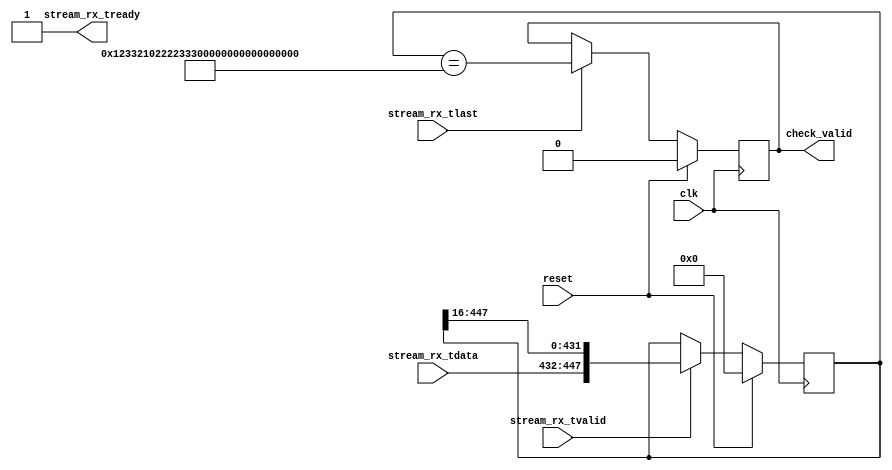
`timescale 1 ns / 1 ns

module frame_check #(
    parameter [127:0] PATTERN = 128'h0123_3210_2222_3333_4444_5555_beaf_dead,
    parameter DW=16,
    parameter FRAME_LEN = 28
) (
    input clk,
    input reset,
    input [DW-1:0] stream_rx_tdata,
    input stream_rx_tvalid,
    input stream_rx_tlast,
    output stream_rx_tready,
    output reg check_valid
);

initial check_valid = 0;
reg [FRAME_LEN*DW-1:0] shift_reg=0;
wire [DW-1:0] data_rx = stream_rx_tvalid ? stream_rx_tdata: {DW{1'bx}};

always @(posedge clk) begin
    if (reset) begin
        shift_reg <= 0;
        check_valid <= 0;
    end else begin
        if (stream_rx_tvalid) shift_reg <= {data_rx, shift_reg[FRAME_LEN*DW-1:DW]};
        if (stream_rx_tlast) check_valid <= (shift_reg == PATTERN);
    end
end

assign stream_rx_tready = 1'b1;
endmodule